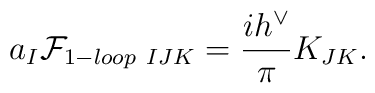
a_{I}{\cal F}_{1-loop \ IJK}={i h^{\vee}\over \pi}K_{J K}.